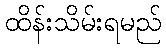
ထိန်းသိမ်းရမည်